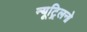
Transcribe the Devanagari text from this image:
न्यूट्र्लिनो